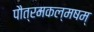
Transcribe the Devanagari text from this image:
पौत्रमकल्मषम्